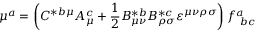
\mu ^ { a } = \left( C ^ { * b \mu } A _ { \mu } ^ { c } + \frac 1 2 B _ { \mu \nu } ^ { * b } B _ { \rho \sigma } ^ { * c } \varepsilon ^ { \mu \nu \rho \sigma } \right) f _ { \ b c } ^ { a }